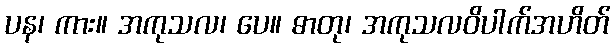
ပန၊ ကား။ အကုသလ၊ ပေ။ ဓာတု၊ အကုသလဝိပါက်အဟိတ်